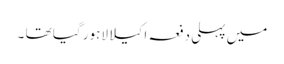
میں پہلی دفعہ اکیلا لاہور گیا تھا ۔